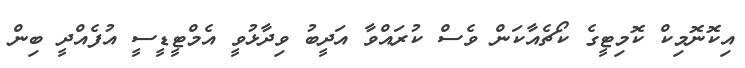
އިކޮނޮމިކް ކޮމިޓީގެ ކޯޗެއާކަން ވެސް ކުރައްވާ އަދީބު ވިދާޅުވީ އެމްޓީޑީސީ އުފެއްދީ ބިން